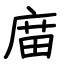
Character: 庿